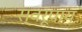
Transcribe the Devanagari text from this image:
स्वरूपाय